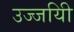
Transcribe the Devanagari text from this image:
उज्जयिी